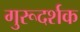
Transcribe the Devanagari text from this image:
गुरूदर्शक